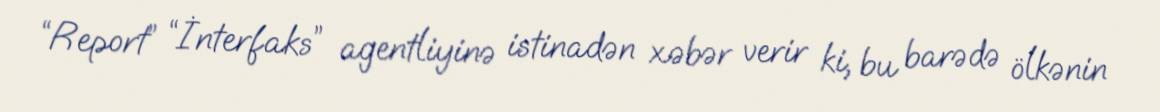
“Report” “İnterfaks” agentliyinə istinadən xəbər verir ki, bu barədə ölkənin